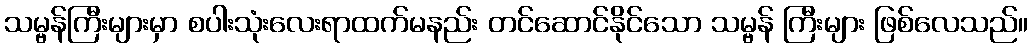
သမ္ဗန်ကြီးများမှာ စပါးသုံးလေးရာထက်မနည်း တင်ဆောင်နိုင်သော သမ္ဗန် ကြီးများ ဖြစ်လေသည်။